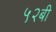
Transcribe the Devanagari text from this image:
५२बी